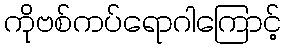
ကိုဗစ်ကပ်ရောဂါကြောင့်